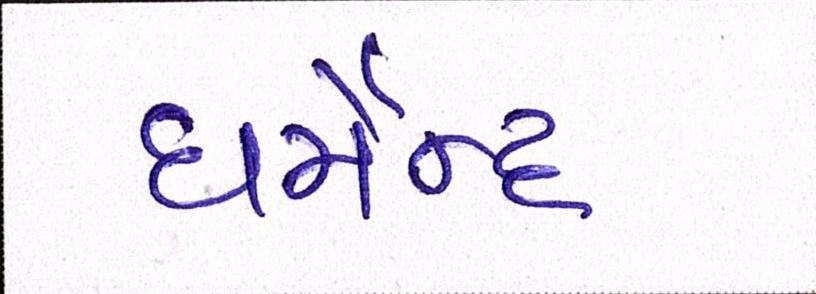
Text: ધર્મેન્દ્ર